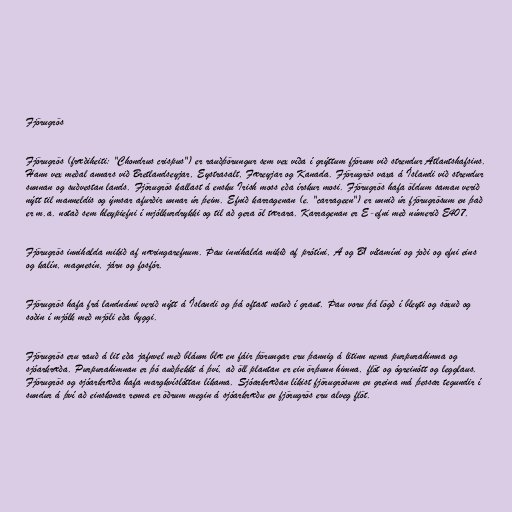
Fjörugrös

Fjörugrös (fræðiheiti: "Chondrus crispus") er rauðþörungur sem vex víða í grýttum fjörum við strendur Atlantshafsins.
Hann vex meðal annars við Bretlandseyjar, Eystrasalt, Færeyjar og Kanada. Fjörugrös vaxa á Íslandi við strendur
sunnan og suðvestan lands. Fjörugrös kallast á ensku Irish moss eða írskur mosi. Fjörugrös hafa öldum saman verið
nýtt til manneldis og ýmsar afurðir unnar úr þeim. Efnið karragenan (e. "carrageen") er unnið úr fjörugrösum en það
er m.a. notað sem hleypiefni í mjólkurdrykki og til að gera öl tærara. Karragenan er E-efni með númerið E407.

Fjörugrös innihalda mikið af næringarefnum. Þau innihalda mikið af prótíni, A og B1 vítamíni og joði og efni eins
og kalín, magnesín, járn og fosfór.

Fjörugrös hafa frá landnámi verið nýtt á Íslandi og þá oftast notuð í graut. Þau voru þá lögð í bleyti og söxuð og
soðin í mjólk með mjöli eða byggi.

Fjörugrös eru rauð á lit eða jafnvel með bláum blæ en fáir þörungar eru þannig á litinn nema purpurahimna og
sjóarkræða. Purpurahimnan er þó auðþekkt á því, að öll plantan er ein örþunn himna, flöt og ógreinótt og legglaus.
Fjörugrös og sjóarkræða hafa margkvíslóttan líkama. Sjóarkræðan líkist fjörugrösum en greina má þessar tegundir í
sundur á því að einskonar renna er öðrum megin á sjóarkræðu en fjörugrös eru alveg flöt.